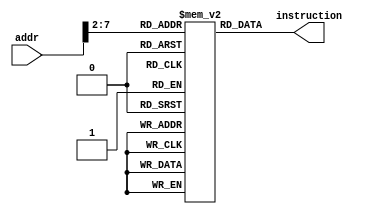
`timescale 1ns / 1ps

module InstMem(
  input [7:0] addr,
  output wire [31:0] instruction
);

// Define the Instruction memory module behavior

reg [31:0] memory [63:0]; // 2^6 = 64 instructrions
    initial begin
        memory[0] = 32'h00007033; // and r0, r0, r0 32'h00000000
        memory[1] = 32'h00100093; // addi r1, r0, 1 32'h00000001
        memory[2] = 32'h00200113; // addi r2, r0, 2 32'h00000002
        memory[3] = 32'h00308193; // addi r3, r1, 3 32'h00000004
        memory[4] = 32'h00408213; // addi r4, r1, 4 32'h00000005
        memory[5] = 32'h00510293; // addi r5, r2, 5 32'h00000007
        memory[6] = 32'h00610313; // addi r6, r2, 6 32'h00000008
        memory[7] = 32'h00718393; // addi r7, r3, 7 32'h0000000B
        memory[8] = 32'h00208433; // add r8, r1, r2 32'h00000003
        memory[9] = 32'h404404b3; // sub r9, r8, r4 32'hfffffffe
        memory[10] = 32'h00317533; // and r10, r2, r3 32'h00000000
        memory[11] = 32'h0041e5b3; // or r11, r3, r4 32'h00000005
        memory[12] = 32'h0041a633; // if r3 is less than r4 then r12 = 1 32'h00000001
        memory[13] = 32'h007346b3; // nor r13, r6, r7 32'hfffffff4
        memory[14] = 32'h4d34f713; // andi r14, r9, "4D3" 32'h000004D2
        memory[15] = 32'h8d35e793; // ori r15, r11, "8d3" 32'hfffff8d7
        memory[16] = 32'h4d26a813; // if r13 is less than 32'h000004D2 then r16 = 1 32'h00000000
        memory[17] = 32'h4d244893; // nori r17, r8, "4D2" 32'hfffffb2C
        memory[18] = 32'h02b02823; // sw r11, 48(r0) alu result = 32'h00000030
        memory[19] = 32'h03002603; // lw r12, 48(r0) alu result = 32'h00000030 , r12 = 32'h00000005
    end
    assign instruction = memory[addr[7:2]]; // it is 7:2 bc the first 2 bit are just shifted by the size of the instruction 4 bytes
endmodule